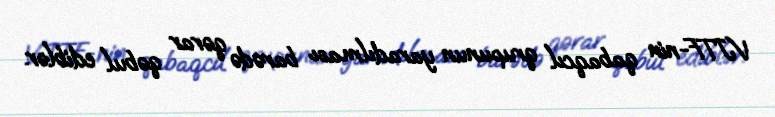
VJTF-nin qabaqcıl qrupunun yaradılması barədə qərar qəbul ediblər.